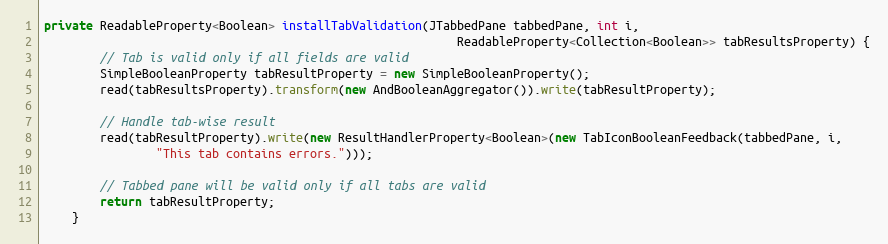
Language: Java
private ReadableProperty<Boolean> installTabValidation(JTabbedPane tabbedPane, int i,
                                                           ReadableProperty<Collection<Boolean>> tabResultsProperty) {
        // Tab is valid only if all fields are valid
        SimpleBooleanProperty tabResultProperty = new SimpleBooleanProperty();
        read(tabResultsProperty).transform(new AndBooleanAggregator()).write(tabResultProperty);

        // Handle tab-wise result
        read(tabResultProperty).write(new ResultHandlerProperty<Boolean>(new TabIconBooleanFeedback(tabbedPane, i,
                "This tab contains errors.")));

        // Tabbed pane will be valid only if all tabs are valid
        return tabResultProperty;
    }